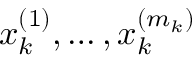
x _ { k } ^ { ( 1 ) } , \ldots , x _ { k } ^ { ( m _ { k } ) }